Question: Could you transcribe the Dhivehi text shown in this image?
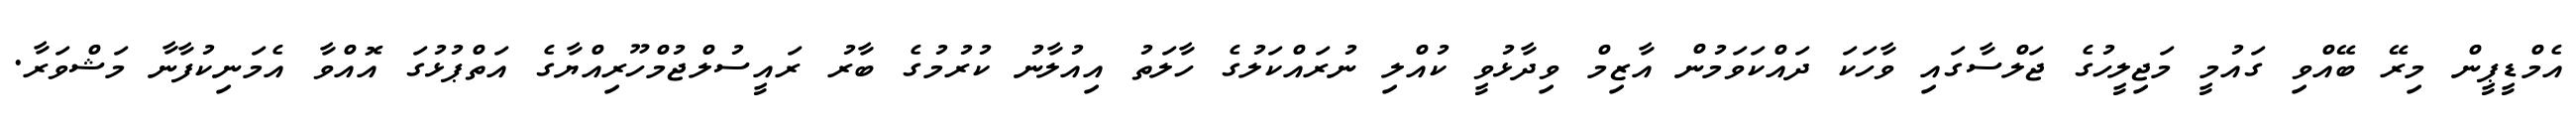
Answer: އެމްޑީޕީން މިރޭ ބޭއްވި ގައުމީ މަޖިލީހުގެ ޖަލްސާގައި ވާހަކަ ދައްކަވަމުން އާޒިމް ވިދާޅުވީ ކުއްލި ނުރައްކަލުގެ ހާލަތު އިއުލާނު ކުރުމުގެ ބާރު ރައީސުލްޖުމްހޫރިއްޔާގެ އަތްޕުޅުގަ އޮއްވާ އެމަނިކުފާނާ މަޝްވަރާ.